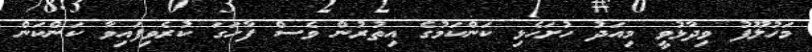
މަހުލޫފު ވިދާޅުވީ މިއަދު ހުށަހެޅި ކަންކަމުގެ އިތުރުން ވެސް ފާހަގަ ކުރެވިފައިވާ ކަންކަން